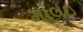
માલઇ